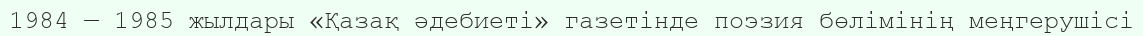
1984 — 1985 жылдары «Қазақ әдебиеті» газетінде поэзия бөлімінің меңгерушісі